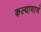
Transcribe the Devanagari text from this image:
कल्याणाचं